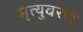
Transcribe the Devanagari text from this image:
मृत्युवरण